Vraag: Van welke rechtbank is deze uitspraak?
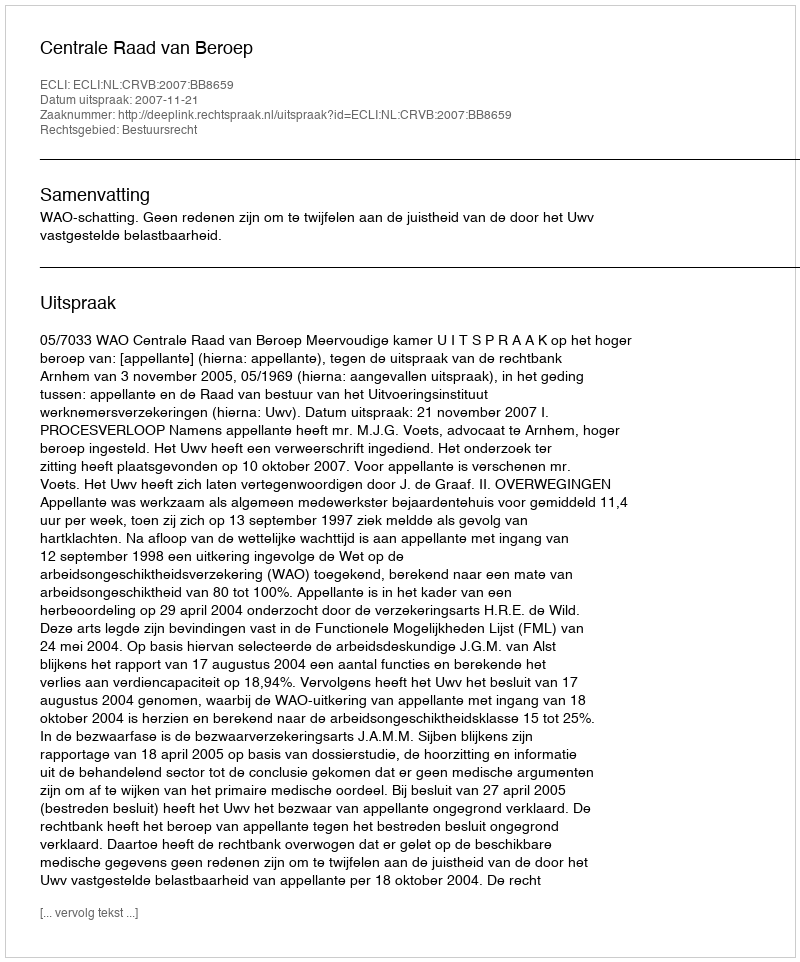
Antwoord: Centrale Raad van Beroep